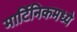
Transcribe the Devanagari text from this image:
मार्टिनिकमध्ये